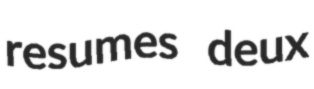
resumes deux